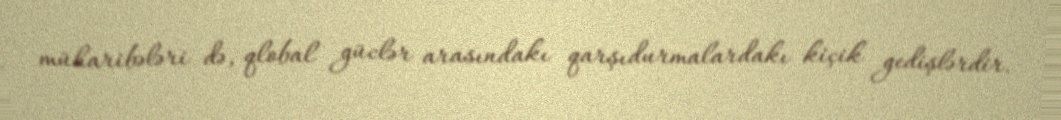
müharibələri də, qlobal güclər arasındakı qarşıdurmalardakı kiçik gedişlərdir.